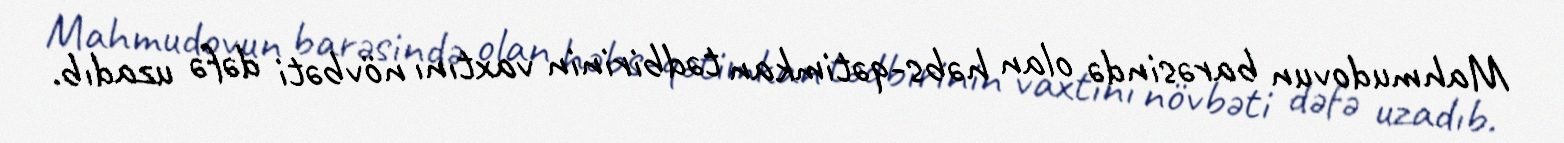
Mahmudovun barəsində olan həbs-qətimkan tədbirinin vaxtını növbəti dəfə uzadıb.